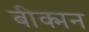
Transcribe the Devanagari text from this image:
बीक्मन